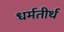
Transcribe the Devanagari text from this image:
धर्मतीर्थ